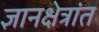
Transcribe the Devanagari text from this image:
ज्ञानक्षेत्रांत